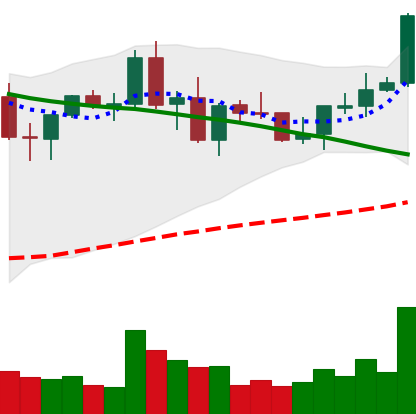
Ticker: NEO-USD
Chart end date: 2021-09-05
Forward return: -26.836%
Label: down_7plus